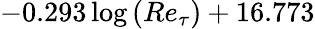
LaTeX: -0.293\log{\left(Re_{\tau}\right)}+16.773